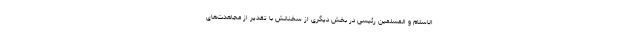
الاسلام و المسلمین رئیسی در بخش دیگری از سخنانش با تقدیر از مجاهدت‌های